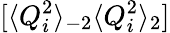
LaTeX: [\langle Q_{i}^{2}\rangle_{-2}\langle Q_{i}^{2}\rangle_{2}]